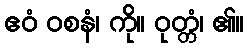
ဧဝံ ဝစနံ၊ ကို။ ဝုတ္တံ၊ ၏။